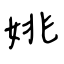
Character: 姚